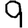
Digit: 9